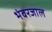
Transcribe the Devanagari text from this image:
भंवरजाल